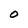
Character: 0